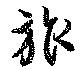
旅